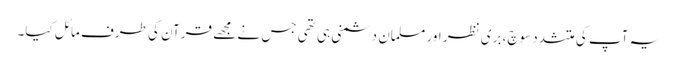
یہ آپ کی متشدد سوچ، بری نظر اور مسلمان دشمنی ہی تھی جس نے مجھے قرآن کی طرف مائل کیا۔